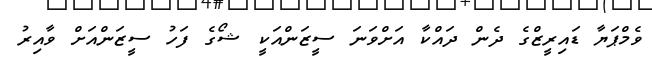
ވެމްޕަޔާ ޑައިރީޒްގެ ދެން ދައްކާ އަށްވަނަ ސީޒަންއަކީ ޝޯގެ ފަހު ސީޒަންއަށް ވާއިރު